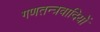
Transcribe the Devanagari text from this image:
गणतन्त्रवादियों